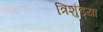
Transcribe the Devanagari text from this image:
त्रिशुंड्या